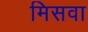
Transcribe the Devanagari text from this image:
मिसवा